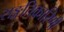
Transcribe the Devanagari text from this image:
सङ्गतिकारिणी